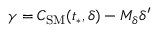
\gamma = C _ { \mathrm { S M } } ( t _ { * } , \delta ) - M _ { \delta } \delta ^ { \prime }